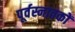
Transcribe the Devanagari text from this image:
पूर्वस्नातकों